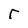
Character: r